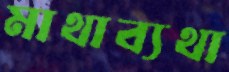
মাথাব্যথা